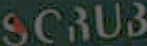
SCRUB